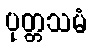
ပုတ္တသမံ